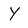
Character: Y